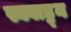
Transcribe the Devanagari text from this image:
स्क्वाड्र्न